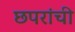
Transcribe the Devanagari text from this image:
छपरांची